Some observations on the poison of Russell's viper (Daboia russellii) - Number 3
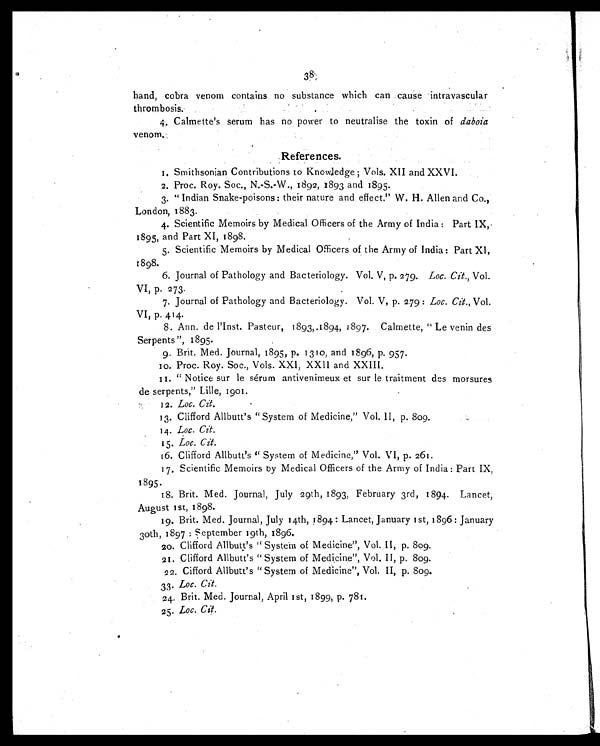
hand, cobra venom contains no substance which can cause intravascular
thrombosis.
4. Calmette's serum has no power to neutralise the toxin of daboia
venom..
References.
1. Smithsonian Contributions to Knowledge; Vols. XII and XXVI.
2. Proc. Roy. Soc., N.-S.-W., 1892, 1893 and 1895.
3. " Indian Snake-poisons : their nature and effect." W. H. Allen and Co.,
London, 1883.
4. Scientific Memoirs by Medical Officers of the Army of India : Part IX,
1895, and Part XI, 1898.
5. Scientific Memoirs by Medical Officers of the Army of India: Part XI,
1898.
6. Journal of Pathology and Bacteriology. Vol. V, p. 279. Loc. Cit., Vol.
VI, p. 273.
7. Journal of Pathology and Bacteriology. Vol. V, p. 279: Loc. Cit., Vol.
VI, p. 414.
8. Ann. de l'Inst. Pasteur, 1893,1894, 1897. Calmette, " Le venin des
Serpents", 1895.
9. Brit. Med. Journal, 1895, p. 1310, and 1896, p. 957.
10. Proc. Roy. Soc., Vols. XXI, XXII and XXIII.
11. " Notice sur le sérum antivenimeux et sur le traitment des morsures
de serpents," Lille, 1901.
12. Loc. Cit.
13. Clifford Allbutt's " System of Medicine," Vol. II, p. 809.
14. Loc. Cit.
15. Loc. Cit.
16. Clifford Allbutt's " System of Medicine," Vol. VI, p. 261.
17. Scientific Memoirs by Medical Officers of the Army of India : Part IX,
1895.
18. Brit. Med. Journal, July 29th, 1893, February 3rd, 1894. Lancet,
August 1st, 1898.
19. Brit. Med. Journal, July 14th, 1894 : Lancet, January 1st, 1896: January
3oth, 1897 : september 19th, 1896.
20. Clifford Allbutt's " System of Medicine", Vol. II, p. 809.
21. Clifford Allbutt's " System of Medicine", Vol. II, p. 809.
22. Cifford Allbutt's " System of Medicine", Vol. II, p. 809.
33. Loc. Cit.
24. Brit. Med. Journal, April 1st, 1899, p. 781.
25. Loc. Cit.